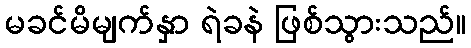
မခင်မိမျက်နှာ ရဲခနဲ ဖြစ်သွားသည်။